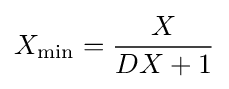
X_{\text{min}}={\frac {X}{DX+1}}